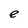
Character: e